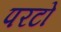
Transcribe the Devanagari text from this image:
परटो